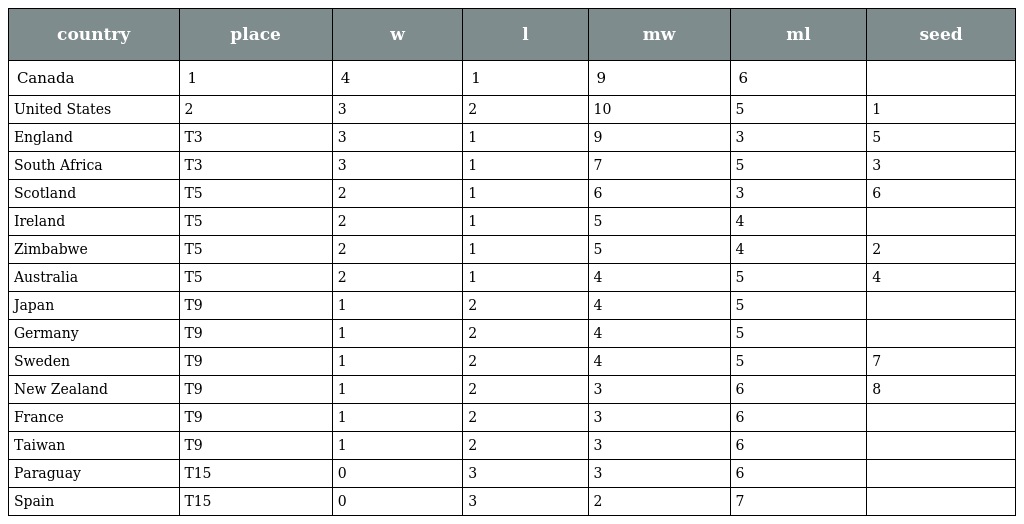
| country | place | w | l | mw | ml | seed |
 | --- | --- | --- | --- | --- | --- | --- |
 | Canada | 1 | 4 | 1 | 9 | 6 |  |
 | United States | 2 | 3 | 2 | 10 | 5 | 1 |
 | England | T3 | 3 | 1 | 9 | 3 | 5 |
 | South Africa | T3 | 3 | 1 | 7 | 5 | 3 |
 | Scotland | T5 | 2 | 1 | 6 | 3 | 6 |
 | Ireland | T5 | 2 | 1 | 5 | 4 |  |
 | Zimbabwe | T5 | 2 | 1 | 5 | 4 | 2 |
 | Australia | T5 | 2 | 1 | 4 | 5 | 4 |
 | Japan | T9 | 1 | 2 | 4 | 5 |  |
 | Germany | T9 | 1 | 2 | 4 | 5 |  |
 | Sweden | T9 | 1 | 2 | 4 | 5 | 7 |
 | New Zealand | T9 | 1 | 2 | 3 | 6 | 8 |
 | France | T9 | 1 | 2 | 3 | 6 |  |
 | Taiwan | T9 | 1 | 2 | 3 | 6 |  |
 | Paraguay | T15 | 0 | 3 | 3 | 6 |  |
 | Spain | T15 | 0 | 3 | 2 | 7 |  |